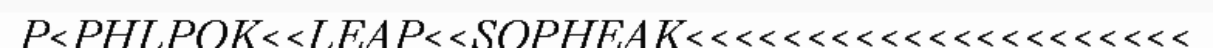
P<PHLPOK<<LEAP<<SOPHEAK<<<<<<<<<<<<<<<<<<<<<